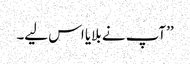
’’آپ نے بلایا اس لیے۔